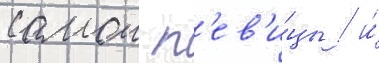
самои п'ев'и́цы / и́